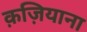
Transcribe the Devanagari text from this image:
क़ज़ियाना